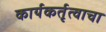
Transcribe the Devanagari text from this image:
कार्यकर्तृत्वाचा